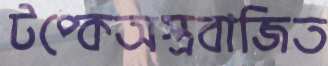
টপ্‌কেঅস্ত্রবাজিত